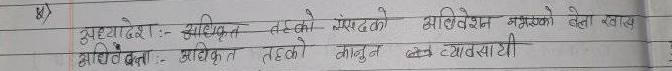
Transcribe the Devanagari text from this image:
अध्यादेश:- अधिकृत तहको संसदको अधिवेशन नभएको बेला खास
अधिवक्ता :- अधिकृत तहको कानून व व्यावसायी